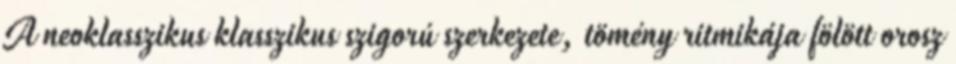
A neoklasszikus klasszikus szigorú szerkezete, tömény ritmikája fölött orosz